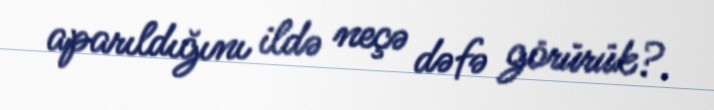
aparıldığını ildə neçə dəfə görürük?.